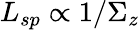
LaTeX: L_{sp}\propto 1/\Sigma_{z}